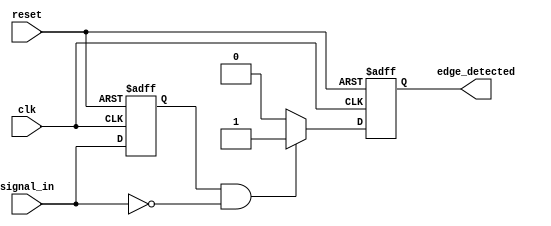
module negative_edge_detector (
    input wire clk,          // Clock signal
    input wire reset,        // Reset signal
    input wire signal_in,    // Input signal to detect falling edge
    output reg edge_detected  // Output signal indicating edge detection
);

    // Internal register to hold the previous state of signal_in
    reg signal_in_prev;

    // Always block triggered on the rising edge of the clock
    always @(posedge clk or posedge reset) begin
        if (reset) begin
            // Initialize the previous state and output on reset
            signal_in_prev <= 1'b0;
            edge_detected <= 1'b0;
        end else begin
            // Edge detection logic
            if (signal_in_prev == 1'b1 && signal_in == 1'b0) begin
                // Falling edge detected
                edge_detected <= 1'b1;
            end else begin
                // No falling edge detected
                edge_detected <= 1'b0;
            end
            
            // Update the previous state to current state
            signal_in_prev <= signal_in;
        end
    end

endmodule